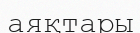
аяқтары